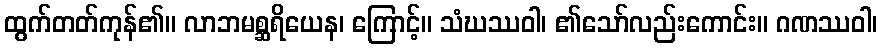
ထွက်တတ်ကုန်၏။ လာဘမစ္ဆရိယေန၊ ကြောင့်။ သံဃဿဝါ၊ ၏သော်လည်းကောင်း။ ဂဏဿဝါ၊